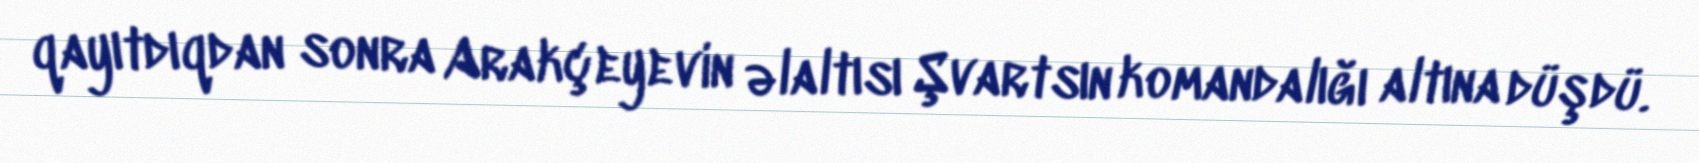
qayıtdıqdan sonra Arakçeyevin əlaltısı Şvartsın komandalığı altına düşdü.